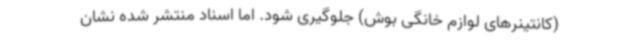
(کانتینرهای لوازم خانگی بوش) جلوگیری شود. اما اسناد منتشر شده نشان